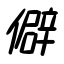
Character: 僻